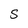
Character: S